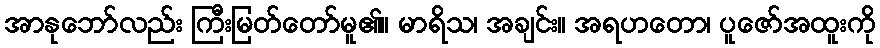
အာနုဘော်လည်း ကြီးမြတ်တော်မူ၏။ မာရိသ၊ အချင်း။ အရဟတော၊ ပူဇော်အထူးကို